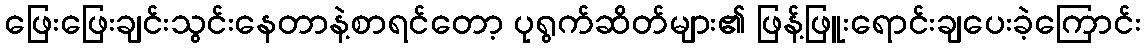
ဖြေးဖြေးချင်းသွင်းနေတာနဲ့စာရင်တော့ ပုရွက်ဆိတ်များ၏ ဖြန့်ဖြူးရောင်းချပေးခဲ့ကြောင်း